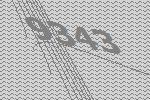
9343